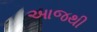
આજથી